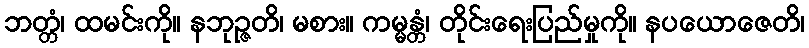
ဘတ္တံ၊ ထမင်းကို။ နဘုဉ္ဇတိ၊ မစား။ ကမ္မန္တံ၊ တိုင်းရေးပြည်မှုကို။ နပယောဇေတိ၊